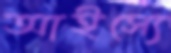
আইস্যে